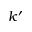
k ^ { \prime }